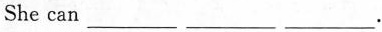
She can ___ ___ ___.